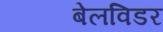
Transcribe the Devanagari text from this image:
बेलविडर